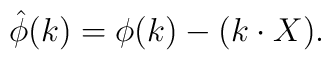
{\hat \phi}(k) = \phi(k) - (k\cdot X).